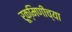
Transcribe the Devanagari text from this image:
रूक्मिणीच्या